Vaccination in Bombay 1874-1876 - 1874-1876
Year: 1874
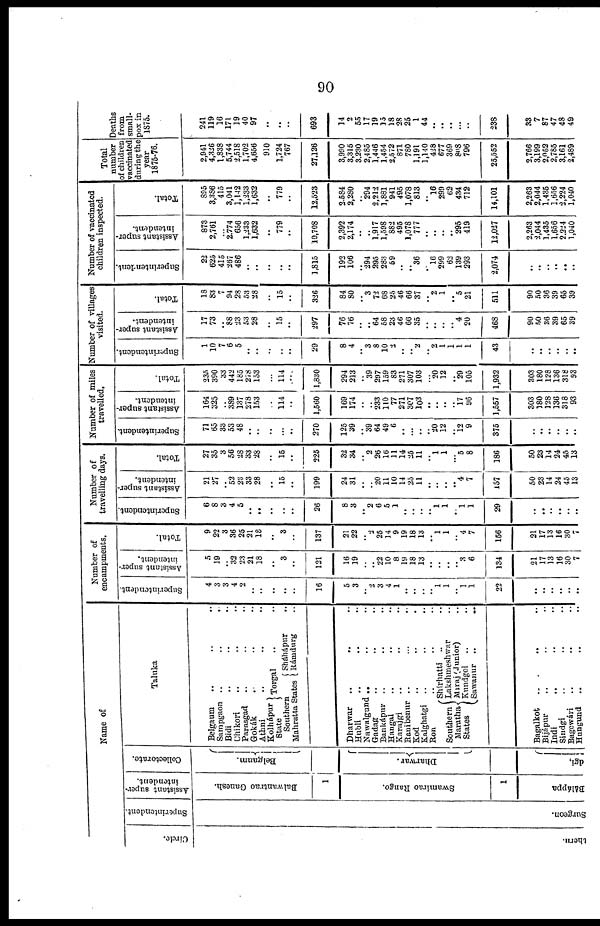
90
Name of
Circle.
thern
Superintendent.
Surgeon.
Assistant super-
intendent.
Balwantrao Ganesh.
1
Swamirao Rango.
1
Báláppa
Collectorate.
Belgaum.
Dharwar.
dgi,
Taluka
Belgaum .. .. ..
Sampgaon ..
..
..
Bidi .. .. ..
Chikori .. .. ..
Parasgad .. .. ..
Gokák .. .. ..
Athni .. .. ..
Kolhápur
State
Torgal .. ..
Southern
Mahratta States
Sháhápur ..
Rámdurg ..
Dharwar .. .. ..
Hubli .. .. ..
Nawalgund .. .. ..
Gadag .. .. ..
Bankápur
.. .. ..
Hangal .. .. ..
Karajgi .. .. ..
Banibenur .. .. ..
Kod .. .. ..
Kalghatgi .. .. ..
Ron .. .. ..
Southern
Maratha
States
Shirhatti
.. ..
Lakshmeshwar ..
Miraj (Junior) ..
Kundgol .. ..
Sawanur
..
..
Bagalkot .. .. ..
Bijápur .. .. ..
Indi .. .. ..
Sindgi .. .. ..
Bagcwári .. .. ..
Hungund .. .. ..
Number of
encampments.
Superintendent.
4
3
3
4
2
..
..
..
..
..
16
5
3
.. 2
3
4
1
..
..
..
.. 1
1
..
1
1
22
..
..
..
..
..
..
Assistant super-
intendent.
5
19
..
32
23
21
18
..
3
..
121
16
19
..
..
22
10
8
19
18
13
..
..
..
..
3
6
134
21
17
13
16
30
7
Total.
9
22
3
36
25
21
18
..
3
..
137
21
22
..
2
25
14
9
19
18
13
.. 1
1
..
4
7
156
21
17
13
16
30
7
Number of
travelling days.
Superintendent.
6
8
3
4
5
..
..
..
..
..
26
8
3
.. 2
6
5
1
..
..
..
..
1
1
..
1
1
29
..
..
..
..
..
..
Assistant super-
intendent.
21
27
..
52
23
33
28
..
15
..
199
24
31
..
..
20
11
10
14
25
11
..
..
..
.. 4
7
157
50
23
14
24
45
13
Total.
27
35
3
56
28
33
28
..
15
..
225
32
34
..
2
26
16
11
14
25
11
..
1
1
...
5
8
186
50
23
14
24
45
13
Number of miles
travelled.
Superintendent.
71
65
33
53
48
..
..
..
..
..
270
125
39
..
39
64
49
6
..
..
..
..
20
12
..
12 9
375
..
..
..
..
..
..
Assistant super-
intendent.
164
325
..
389
137
278
153
..
114
..
1,560
169
174
..
..
233
110
77
271
307
103
..
..
..
..
17
96
1,557
303
180
128
136
318
93
Total.
235
390
33
442
185
278
153
..
114
..
1,830
294
213
..
39
297
159
83
271
307
103
..
20
12
..
29
105
1,932
303
180
128
136
318
93
Number of Tillages
visited.
Superintendent.
1
10
7
6
5
..
..
..
..
..
29
8
4
..
3
8
10
2
..
..
2
..
2 1
1
1
1
43
..
..
..
..
..
..
Assistant super-
intendent.
17
73
..
88
23
53
28
..
15
..
297
76
76
..
..
64
58
23
46
66
35
..
..
..
..
4
20
468
90
50
36
39
65
39
Total.
18
83
7
94
28
53
28
..
15
..
326
84
80
..
3
72
68
25
46
66
37
..
2
1
.. 5
21
511
90
50
36
39
65
39
Number of vaccinated
children inspected.
Superintendent.
22
625
415
267
486
..
..
..
..
..
1,815
192
106
..
294
295
283
59
..
..
36
..
16
299
62
139
293
2,074
..
..
..
..
..
..
Assistant super-
intendent.
873
2,761
...
2,774
656
1,233
1,632
..
779
..
10,708
2,392
2,174
..
..
1,917
1,598
882
495
1,078
777
..
..
..
..
295
419
12,027
2,263
2,044
1,435
1,656
2,224
1,040
Total.
895
3,386
415
3,041
1,142
1,233
1,632
..
779
..
12,523
2,584
3,280
..
294
2,212
1,881
941
495
1,078
813
..
16
299
62
434
712
14,101
2,263
2,044
1,435
1,656
2,224
1,040
Total
number
of children
vaccinated
during the
year
1875-76.
2,941
4,326
1,838
5,744
2,518
1,702
4,656
910
1,724
767
27,126
3,990
3,315
3,230
2,485
1,446
1,454
2,572
871
780
1,191
1,140
428
677
369
808
796
25,552
2,766
3,199
2,052
2,785
3,161
2,489
Deaths
from
small-
pox in
1875.
241
119
16
171
19
40
97
..
..
..
693
14
2
55
17
19
15
18
28
25
1
44
..
..
..
..
..
238
33
7
87
47
48
49